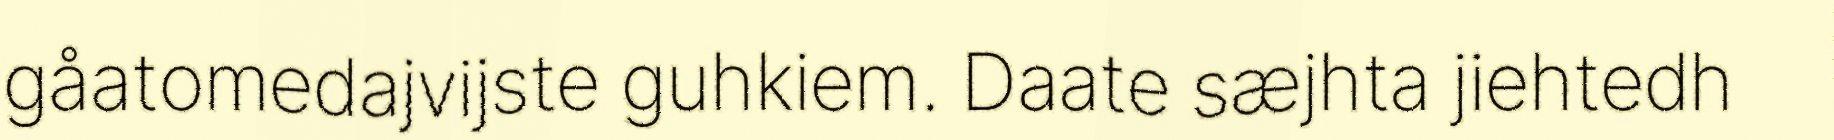
gåatomedajvijste guhkiem. Daate sæjhta jiehtedh